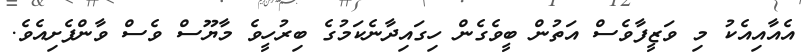
އެއާއިއެކު މި ވަޒީފާވެސް އަތުން ބީވެގެން ހިގައިދާނެކަމުގެ ބިރުހީވެ މާޔޫސް ވެސް ވާންފެށިއެވެ.